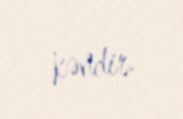
kəndir.